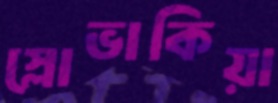
স্লোভাকিয়া